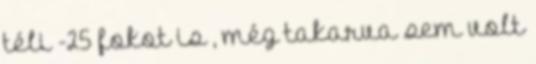
téli -25 fokot is , még takarva sem volt